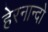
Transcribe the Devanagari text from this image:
हेरनान्दो